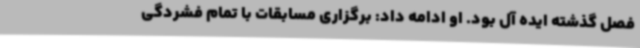
فصل گذشته ایده آل بود. او ادامه داد: برگزاری مسابقات با تمام فشردگی